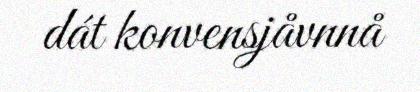
dát konvensjåvnnå